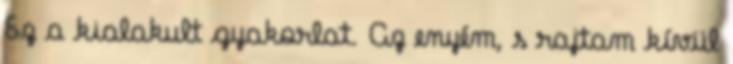
Ez a kialakult gyakorlat. Az enyém, s rajtam kívül